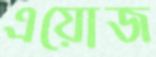
এয়োজ